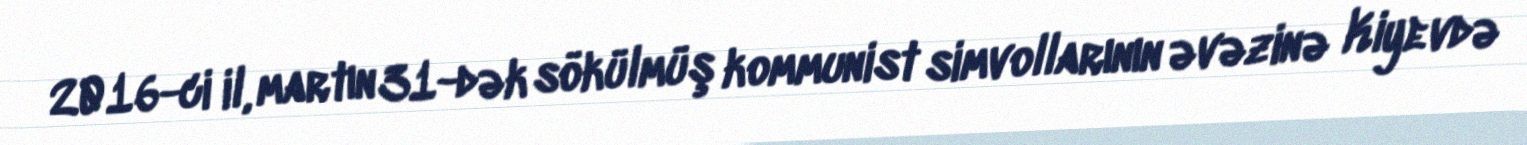
2016-ci il, martın 31-dək sökülmüş kommunist simvollarının əvəzinə Kiyevdə